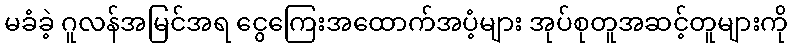
မခံခဲ့ ဂူလန်အမြင်အရ ငွေကြေးအထောက်အပံ့များ အုပ်စုတူအဆင့်တူများကို